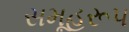
સમૂહરૂપ